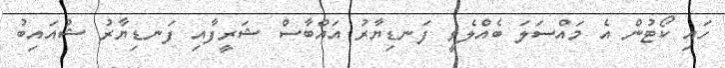
ހައި ކޯޓުން އެ މައްސަލަ ބެއްލެވީ ފަނޑިޔާރު އައްބާސް ޝަރީފާއި ފަނޑިޔާރު ޝުއައިބު